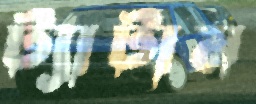
ট্যাটাম